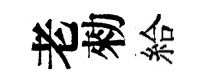
老勑給